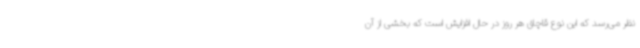
نظر می‌رسد که این نوع قاچاق هر روز در حال افزایش است که بخشی از آن